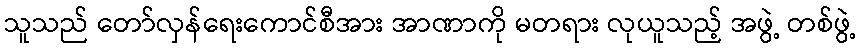
သူသည် တော်လှန်ရေးကောင်စီအား အာဏာကို မတရား လုယူသည့် အဖွဲ့ တစ်ဖွဲ့